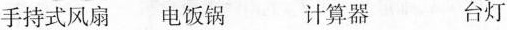
手持式风扇 电饭锅 计算器 台灯